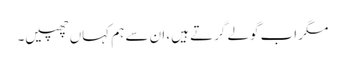
مگر اب گولے گرتے ہیں، ان سے ہم کہاں چھپیں۔